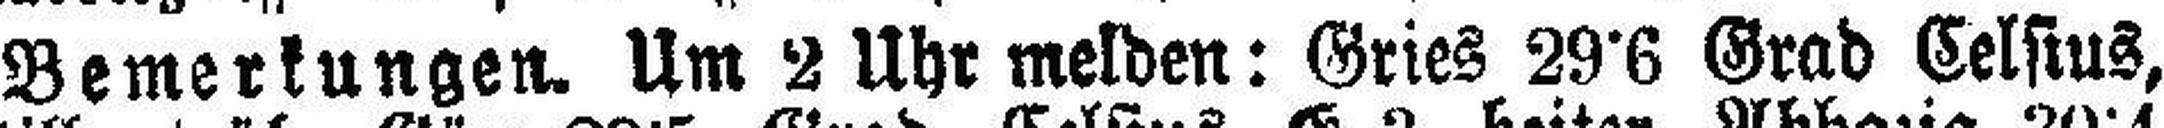
Bemerkungen. Um 2 Uhr melden: Gries 29•6 Grad Celsius,